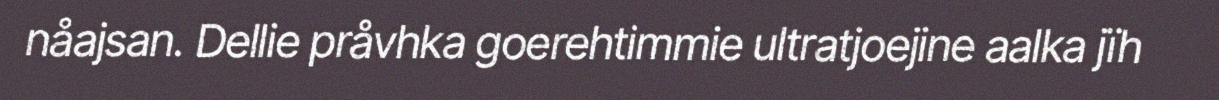
nåajsan. Dellie pråvhka goerehtimmie ultratjoejine aalka jïh